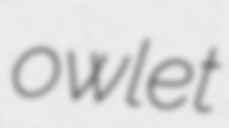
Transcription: owlet